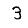
Digit: 3